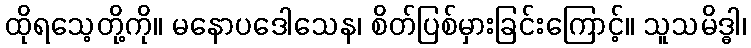
ထိုရသေ့တို့ကို။ မနောပဒေါသေန၊ စိတ်ပြစ်မှားခြင်းကြောင့်။ သူသမိဒ္ဓါ၊